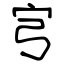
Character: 宆